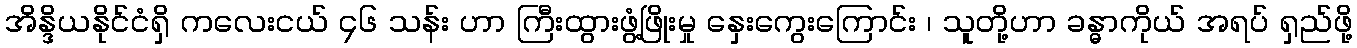
အိန္ဒိယနိုင်ငံရှိ ကလေးငယ် ၄၆ သန်း ဟာ ကြီးထွားဖွံ့ဖြိုးမှု နှေးကွေးကြောင်း ၊ သူတို့ဟာ ခန္ဓာကိုယ် အရပ် ရှည်ဖို့